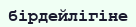
бірдейлігіне